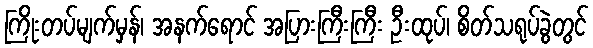
ကြိုးတပ်မျက်မှန်၊ အနက်ရောင် အပြားကြီးကြီး ဦးထုပ်၊ စိတ်သရုပ်ခွဲတွင်